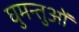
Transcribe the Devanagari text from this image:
घुमन्तुओं